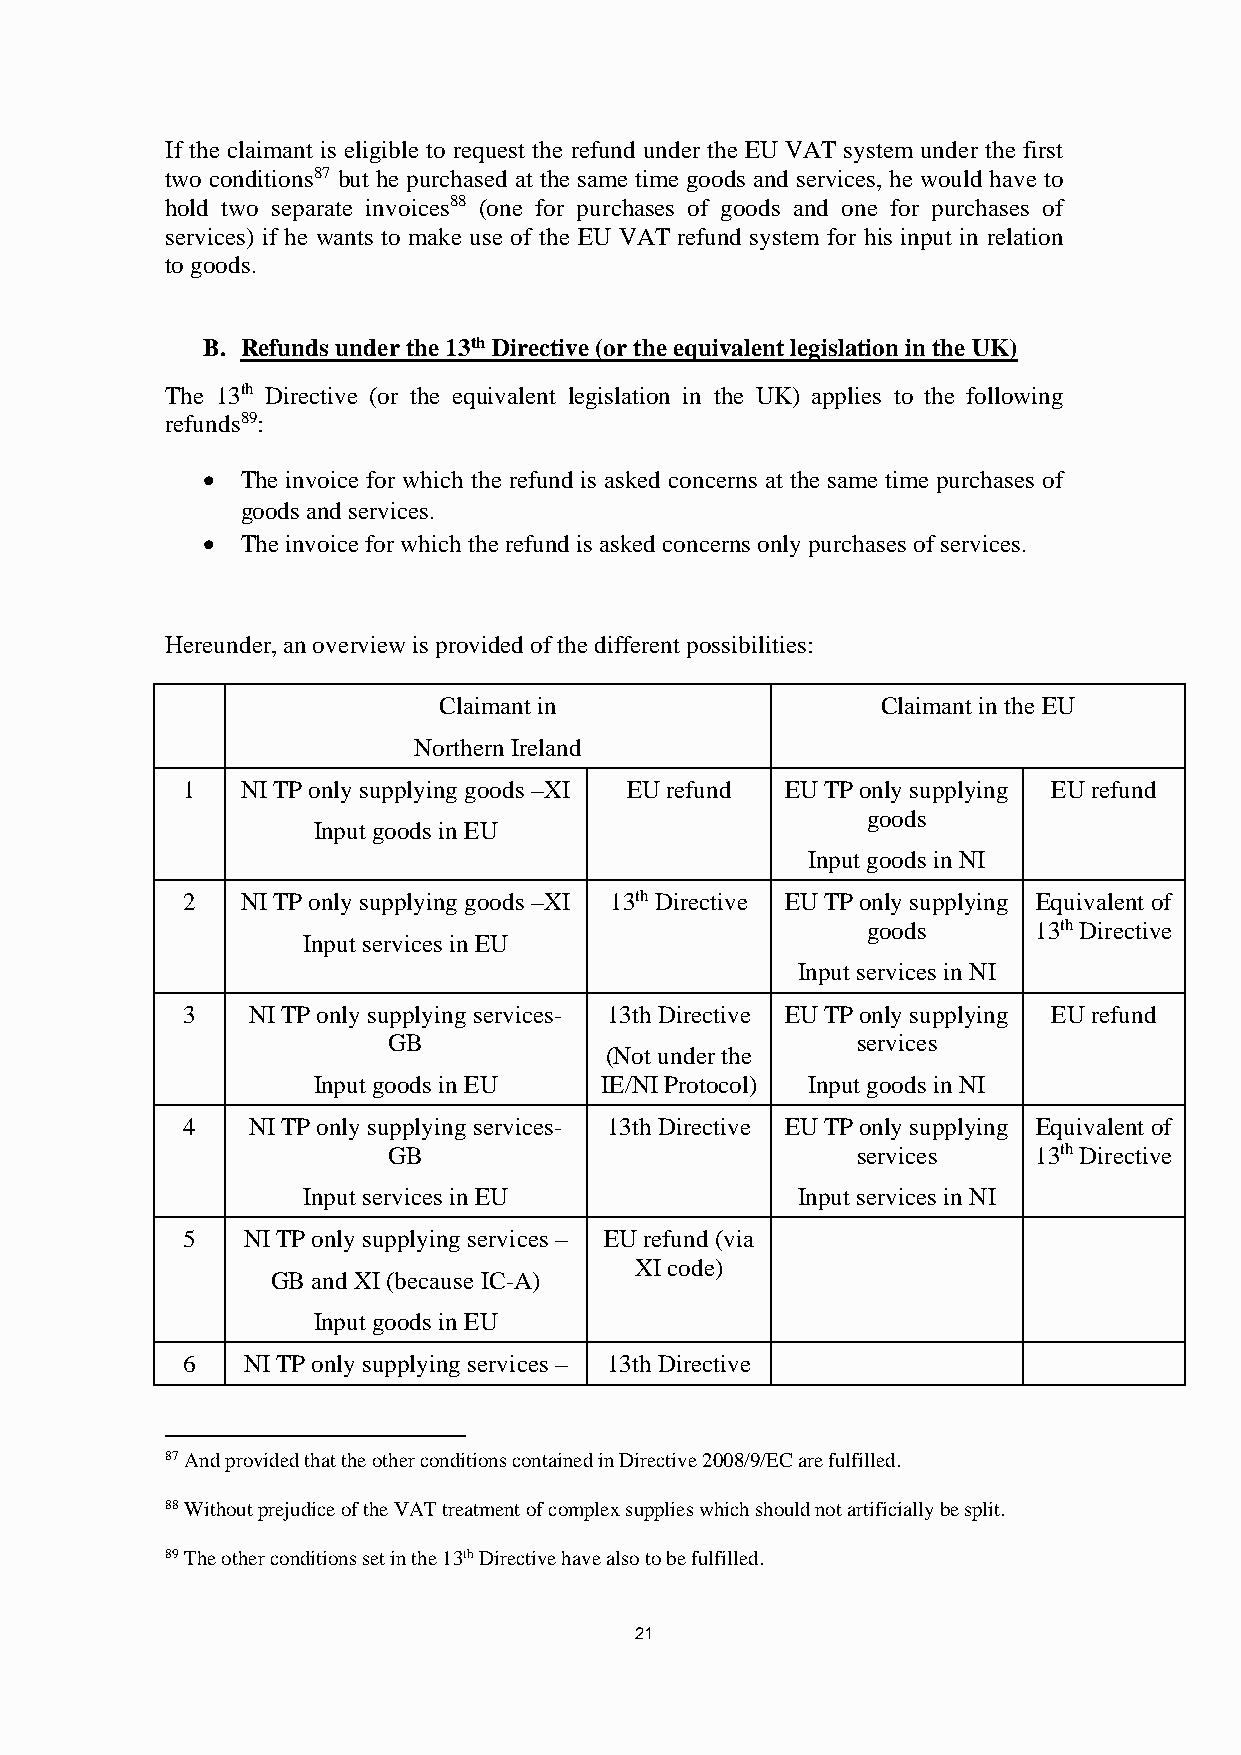
If the claimant is eligible to request the refund under the EU VAT system under the first
 two conditions87 but he purchased at the same time goods and services, he would have to
 hold two separate invoices88 (one for purchases of goods and one for purchases of
 services) if he wants to make use of the EU VAT refund system for his input in relation
 to goods.
 B. Refunds under the 13th Directive (or the equivalent legislation in the UK)
 The 13th Directive (or the equivalent legislation in the UK) applies to the following
 refunds89:
   The invoice for which the refund is asked concerns at the same time purchases of
 goods and services.
   The invoice for which the refund is asked concerns only purchases of services.
 Hereunder, an overview is provided of the different possibilities:
 Claimant in                  Claimant in the EU
 Northern Ireland
 1   NI TP only supplying goods –XI EU refund EU TP only supplying EU refund
 goods
 Input goods in EU
 Input goods in NI
 2   NI TP only supplying goods –XI 13th Directive EU TP only supplying Equivalent of
 goods      13th Directive
 Input services in EU
 Input services in NI
 3   NI TP only supplying services- 13th Directive EU TP only supplying EU refund
 GB                             services
 (Not under the
 Input goods in EU  IE/NI Protocol) Input goods in NI
 4   NI TP only supplying services- 13th Directive EU TP only supplying Equivalent of
 GB                             services   13th Directive
 Input services in EU             Input services in NI
 5   NI TP only supplying services – EU refund (via
 XI code)
 GB and XI (because IC-A)
 Input goods in EU
 6   NI TP only supplying services – 13th Directive
 87 And provided that the other conditions contained in Directive 2008/9/EC are fulfilled.
 88 Without prejudice of the VAT treatment of complex supplies which should not artificially be split.
 89 The other conditions set in the 13th Directive have also to be fulfilled.
 21